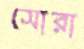
সোরা